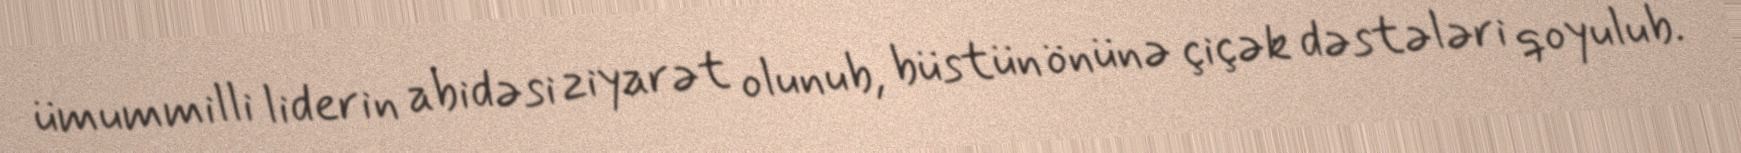
ümummilli liderin abidəsi ziyarət olunub, büstün önünə çiçək dəstələri qoyulub.